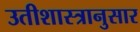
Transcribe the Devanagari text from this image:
उतीशास्त्रानुसार